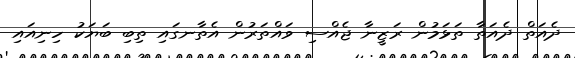
ދެއަތް ދެއަތާ ތަޅަމުން ރަޒީނާ ޖެއްސި ވައްތަރުން އެތާނގައި ތިބި ބަޔަކު ހިނިއައި